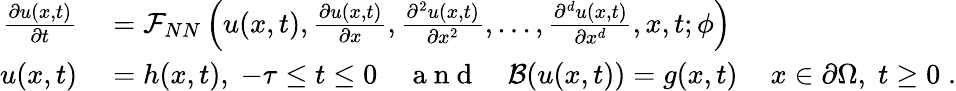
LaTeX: \begin{array}{rl}{\frac{\partial u(x,t)}{\partial t}}&{{}=\mathcal{F}_{NN}\left(u(x,t),\frac{\partial u(x,t)}{\partial x},\frac{\partial^{2}u(x,t)}{\partial x^{2}},...,\frac{\partial^{d}u(x,t)}{\partial x^{d}},x,t;\phi\right)}\\ {u(x,t)}&{{}=h(x,t),\; -\tau\leq t\leq 0\quad\mathrm{~a~n~d~}\quad\mathcal{B}(u(x,t))=g(x,t)\, \quad x\in\partial\Omega,\; t\geq 0\; .}\end{array}